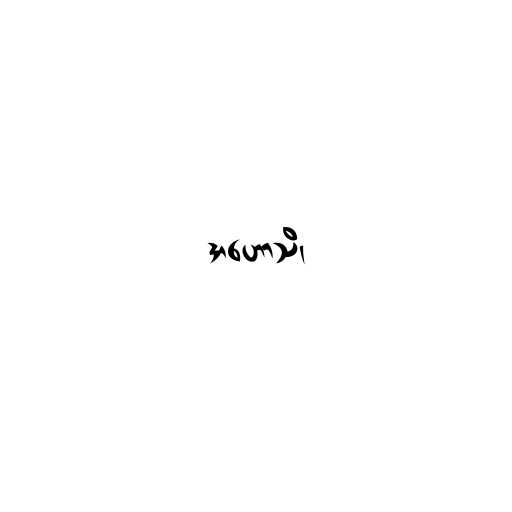
အဟောသိ၊